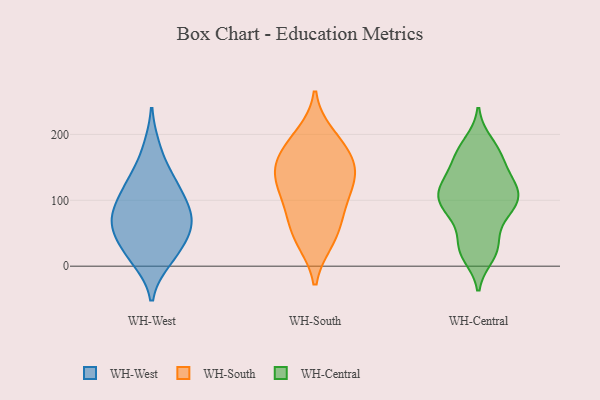
{"axis": {"x": "LTV (USD)", "y": "Value"}, "legend": ["WH-Central", "WH-South", "WH-West"], "data": [{"x": "", "y": 117, "type": "WH-West"}, {"x": "", "y": 63, "type": "WH-West"}, {"x": "", "y": 88, "type": "WH-West"}, {"x": "", "y": 15, "type": "WH-West"}, {"x": "", "y": 72, "type": "WH-West"}, {"x": "", "y": 32, "type": "WH-West"}, {"x": "", "y": 45, "type": "WH-West"}, {"x": "", "y": 178, "type": "WH-West"}, {"x": "", "y": 128, "type": "WH-West"}, {"x": "", "y": 127, "type": "WH-West"}, {"x": "", "y": 77, "type": "WH-West"}, {"x": "", "y": 10, "type": "WH-West"}, {"x": "", "y": 71, "type": "WH-West"}, {"x": "", "y": 124, "type": "WH-South"}, {"x": "", "y": 37, "type": "WH-South"}, {"x": "", "y": 37, "type": "WH-South"}, {"x": "", "y": 162, "type": "WH-South"}, {"x": "", "y": 79, "type": "WH-South"}, {"x": "", "y": 106, "type": "WH-South"}, {"x": "", "y": 200, "type": "WH-South"}, {"x": "", "y": 60, "type": "WH-South"}, {"x": "", "y": 132, "type": "WH-South"}, {"x": "", "y": 137, "type": "WH-South"}, {"x": "", "y": 170, "type": "WH-South"}, {"x": "", "y": 193, "type": "WH-South"}, {"x": "", "y": 163, "type": "WH-South"}, {"x": "", "y": 140, "type": "WH-South"}, {"x": "", "y": 88, "type": "WH-South"}, {"x": "", "y": 124, "type": "WH-Central"}, {"x": "", "y": 169, "type": "WH-Central"}, {"x": "", "y": 94, "type": "WH-Central"}, {"x": "", "y": 120, "type": "WH-Central"}, {"x": "", "y": 175, "type": "WH-Central"}, {"x": "", "y": 118, "type": "WH-Central"}, {"x": "", "y": 116, "type": "WH-Central"}, {"x": "", "y": 28, "type": "WH-Central"}, {"x": "", "y": 16, "type": "WH-Central"}, {"x": "", "y": 24, "type": "WH-Central"}, {"x": "", "y": 85, "type": "WH-Central"}, {"x": "", "y": 159, "type": "WH-Central"}, {"x": "", "y": 79, "type": "WH-Central"}, {"x": "", "y": 36, "type": "WH-Central"}, {"x": "", "y": 108, "type": "WH-Central"}, {"x": "", "y": 78, "type": "WH-Central"}, {"x": "", "y": 187, "type": "WH-Central"}, {"x": "", "y": 144, "type": "WH-Central"}, {"x": "", "y": 98, "type": "WH-Central"}]}